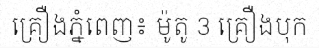
គ្រឿងភ្នំពេញ៖ ម៉ូតូ 3 គ្រឿងបុក